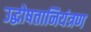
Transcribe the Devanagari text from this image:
उद्घोषतानियंत्रण